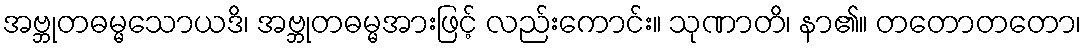
အဗ္ဘုတဓမ္မသောယဒိ၊ အဗ္ဘုတဓမ္မအားဖြင့် လည်းကောင်း။ သုဏာတိ၊ နာ၏။ တတောတတော၊